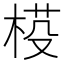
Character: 𣓒